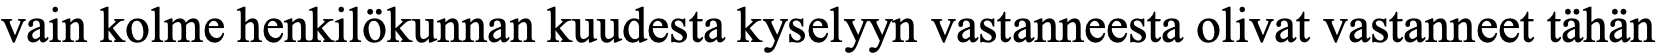
vain kolme henkilökunnan kuudesta kyselyyn vastanneesta olivat vastanneet tähän